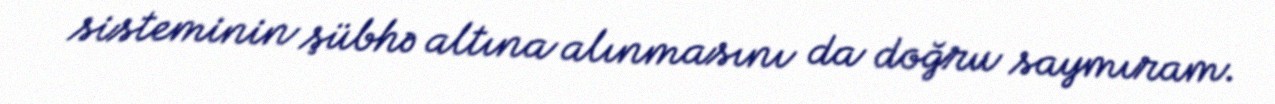
sisteminin şübhə altına alınmasını da doğru saymıram.